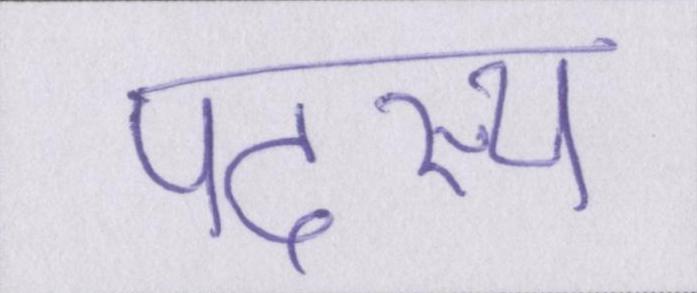
पदस्थ